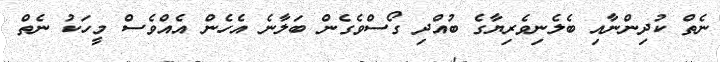
ނެތް ކުދިންނާއި ބެލެނިވެރިޔާގެ ބުއްދި ގޯސްވެގެން ބަލާނެ އެހެން އެއްވެސް މީހަކު ނެތް